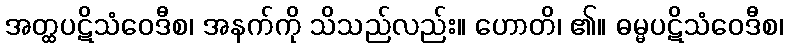
အတ္ထပဋိသံဝေဒီစ၊ အနက်ကို သိသည်လည်း။ ဟောတိ၊ ၏။ ဓမ္မပဋိသံဝေဒီစ၊